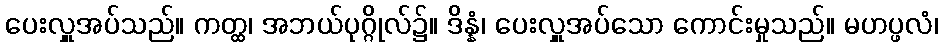
ပေးလှူအပ်သည်။ ကတ္ထ၊ အဘယ်ပုဂ္ဂိုလ်၌။ ဒိန္နံ၊ ပေးလှူအပ်သော ကောင်းမှုသည်။ မဟပ္ဖလံ၊